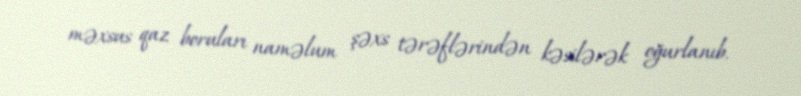
məxsus qaz boruları naməlum şəxs tərəflərindən kəsilərək oğurlanıb.